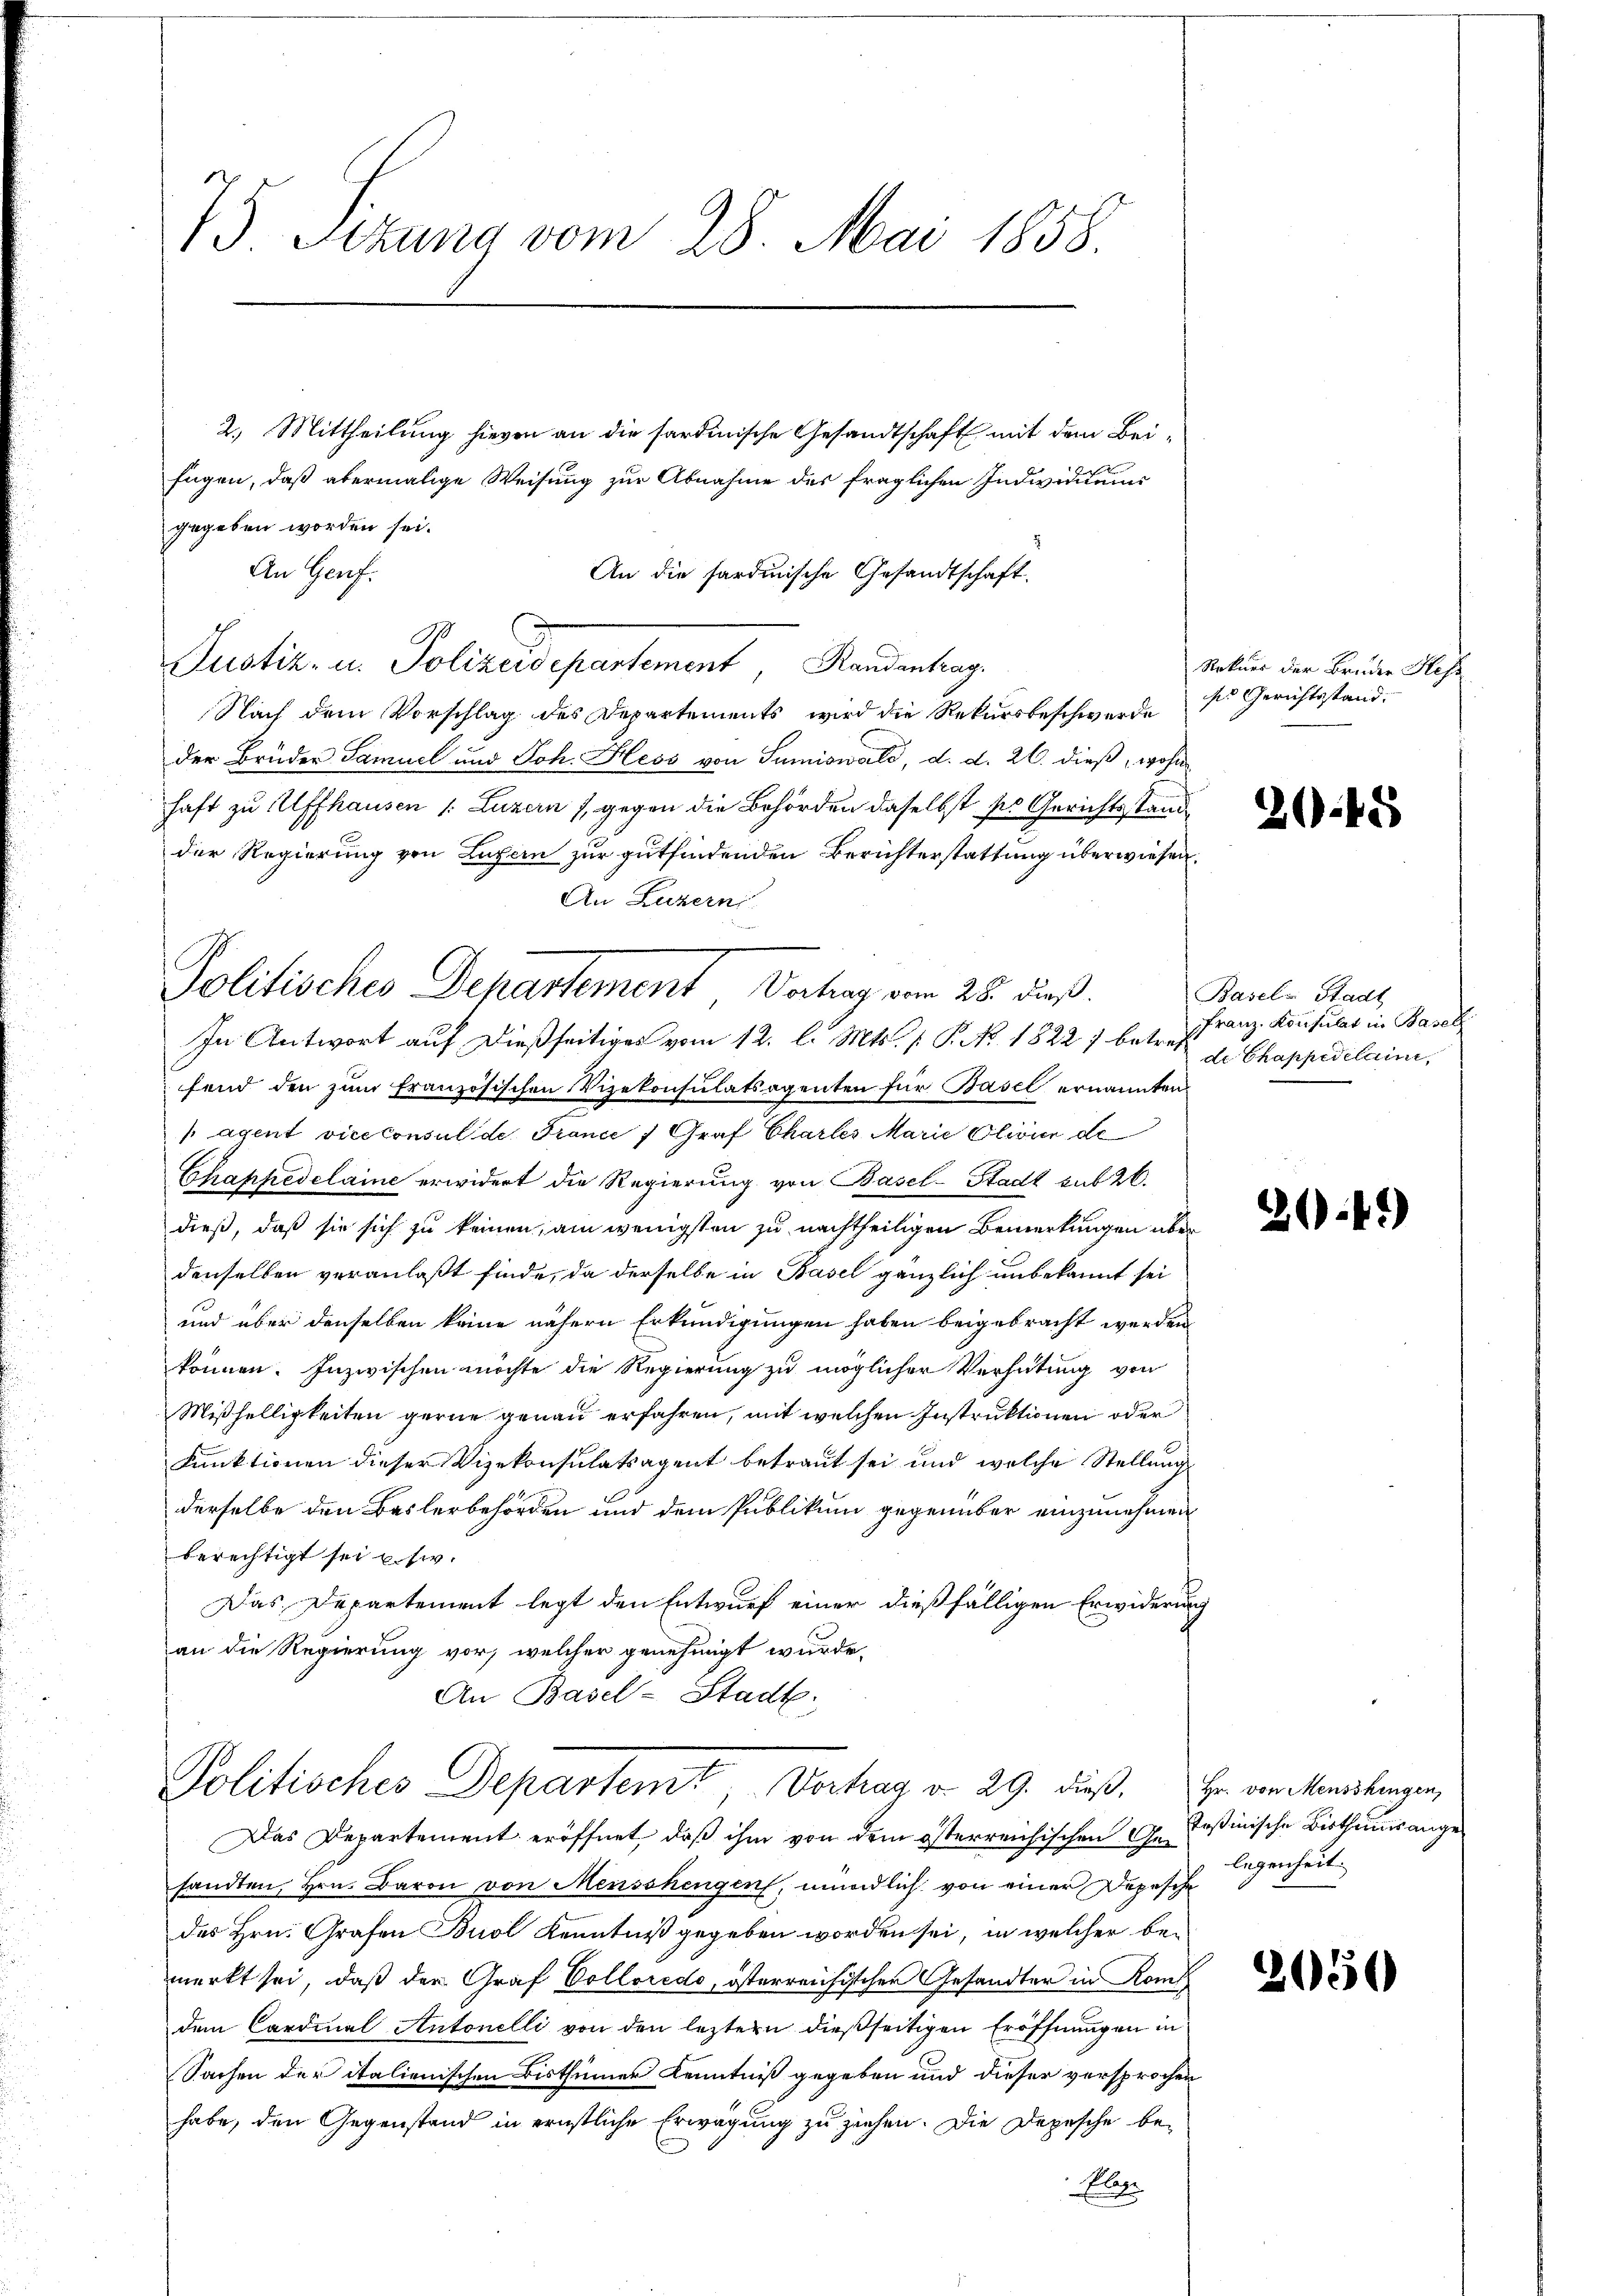
75 Sizung vom 28. Mai 1858.

Politisches Departement Verhag vom 28. dieß.
In Antwort auf dießseitiges vom 12. l. Mts. P. No. 1822 7 betreff de Chappeditain,

2.) Mittheilung hievon an die sardinische Gesandtschaft mit dem Beifügen, daß abermalige Weisung zur Abnahme des fraglichen Individuums
gegeben worden sei.
An Genf.
An die hardinische Gesandtschaft.
d
Justiz, in Polizeidepartement, Randentrag
Nach dem Vorschlag des Departements wird die Rekursbeschwerde ses Gerichtsstand.
der Brüder Samuel und Joh. Hess von Sumiswald, d. d. 26. dieß, wohn
haft zu Affhausen /: Luzern 1, gegen die Behörden daselbst ses Gerichtsstandder Regierung von Luzern zur gutfindenden Berichterstattung überwiesen.
An Luzern
fend den zum Französischen Vizekonsulatsagenten für Basel ernannten
agent viceconsul de France ) Graf Chartes Marie Olivier de
Chappedelaine erwidert die Regierung von Basel-Stadt sub 26.
dieß, daß sie sich zu keinen, am wenigsten zu nachtheiligen Bemerkungen aber
denselben veranlaßt finde, da derselbe in Basel gänzlich unbekannt sei
und über denselben keine nähern Erkundigungen haben beigebracht werden
können. Inzwischen möchte die Regierung zu möglicher Verhütung von
Mißhelligkeiten gerne genau erfahren, mit welchen Instruktionen oder
Funktionen dieser Vizekonsulatsagent betraut sei und welche Stellung
derselbe den Baslerbehörden und dem Publikum gegenüber einzunehmen
berechtigt sei u. s.
Das Departement legt den Entwurf einer dießfälligen Erwiderung
an die Regierung vor, welcher genehmigt wurde.
An Basel-Stadt.
Politisches Departemt, Verhag d. 29. dieß. Er der Mandlungen,
Das Departement eröffnet, daß ihm von dem österreichischen Geloßinische Bisthums angesandten, Hrn. Baron von Menschengen, mündlich von einer Depesche
des Hrn. Grafen Buol Kenntniß gegeben worden sei, in welcher bemerkt sei, daß der Graf Colloredo, österreichischen Gesandter in Roms
dem Cardinal Antonelli von den leztern dießseitigen Eröffnungen in
Sachen der italienischen Bisthümer Kenntniß gegeben und dieser versprochen
habe, den Gegenstand in ernstliche Erwägung zu ziehen. Die Depesche be-
Elas

Rekurs der Bruder Sess

2048

Basel-Stadt
Franz-Konsulat in Basel

20.41)

legenheit.

2050